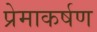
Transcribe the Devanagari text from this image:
प्रेमाकर्षण